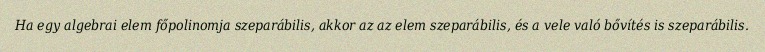
Ha egy algebrai elem főpolinomja szeparábilis, akkor az az elem szeparábilis, és a vele való bővítés is szeparábilis.